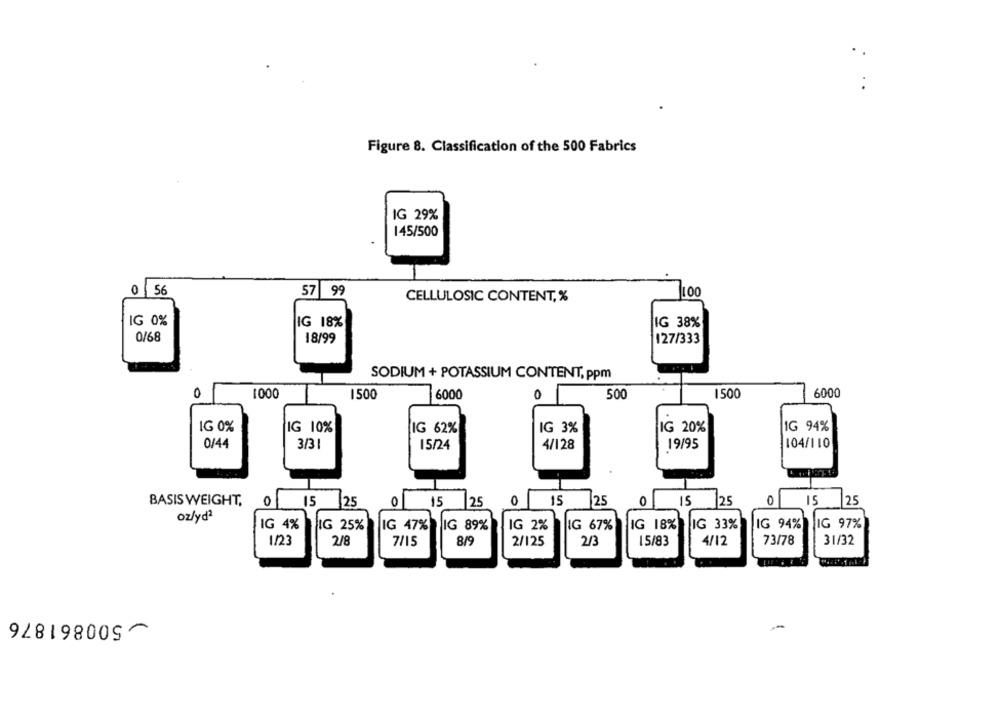
Figure 8. Classification of the 500 Fabrics
IG 29%
145/500
0 56
57| 99
100
CELLULOSIC CONTENT, %
IG 0%
IG 18%
IG 38%
0/68
18/99
127/333
SODIUM + POTASSIUM CONTENT, ppm
1000
1500
6000
0
500
1500
6000
IG 0%
IG 10%
IG 62%
IG 3%
IG 20%
IG 94%
0/44
3/3 1
15/24
4/128
19/95
104/110
BASIS WEIGHT,
0
15
125
0
15
25
0
15
25
0
15
125
15
25
oz/ydª
IG 25%
IG 47%
IG 89%
IG 67%
IG 18%
IG 33%
IG 94%
IG 97%
IG 4%
IG 2%
4/12
73/78
1/23
2/8
7/15
8/9
2/125
2/3
15/83
31/32
~500861876